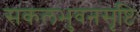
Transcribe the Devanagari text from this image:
सकलभुवनसृष्टिः